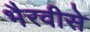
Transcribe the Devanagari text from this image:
भैरवीसे